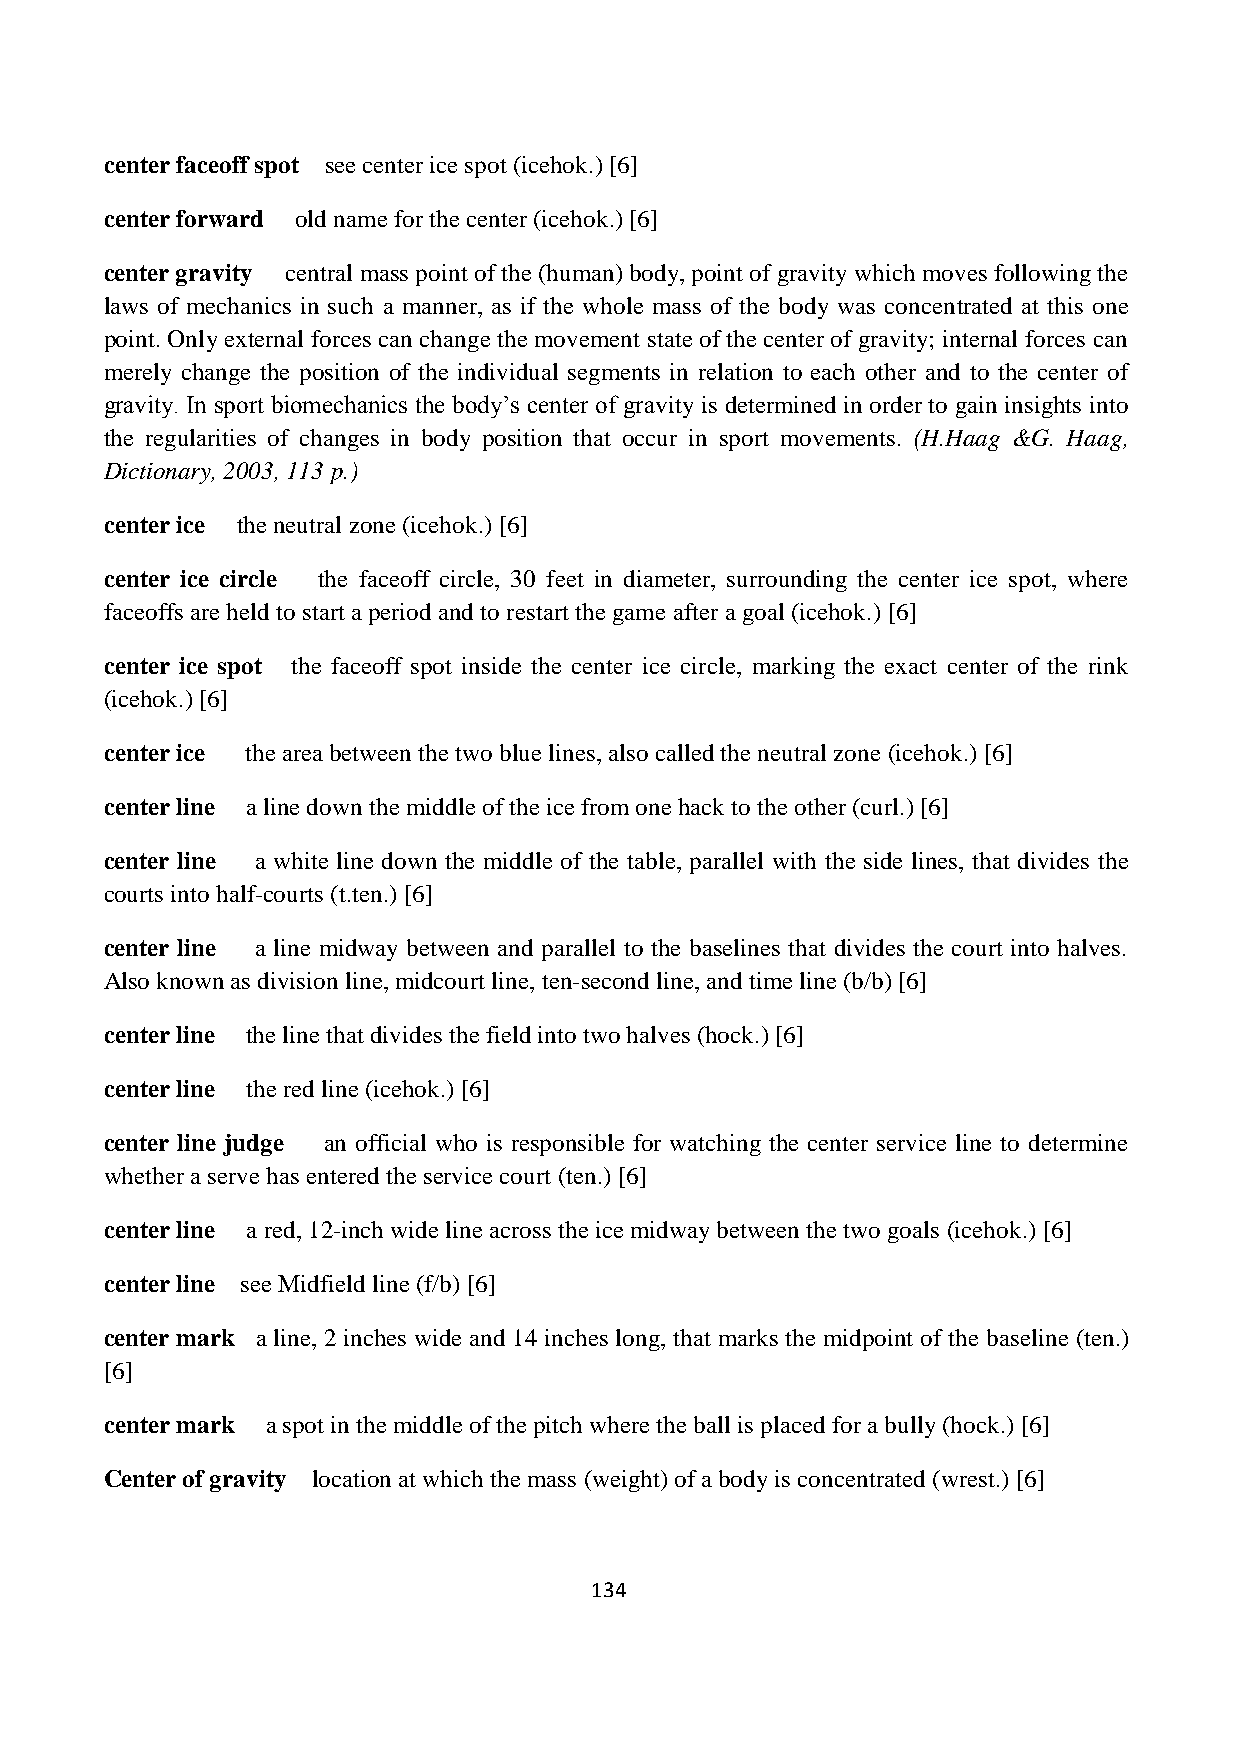
center faceoff spot see center ice spot (icehok.) [6]
 center forward old name for the center (icehok.) [6]
 center gravity central mass point of the (human) body, point of gravity which moves following the
 laws of mechanics in such a manner, as if the whole mass of the body was concentrated at this one
 point. Only external forces can change the movement state of the center of gravity; internal forces can
 merely change the position of the individual segments in relation to each other and to the center of
 gravity. In sport biomechanics the body’s center of gravity is determined in order to gain insights into
 the regularities of changes in body position that occur in sport movements. (H.Haag &G. Haag,
 Dictionary, 2003, 113 p.)
 center ice the neutral zone (icehok.) [6]
 center ice circle the faceoff circle, 30 feet in diameter, surrounding the center ice spot, where
 faceoffs are held to start a period and to restart the game after a goal (icehok.) [6]
 center ice spot the faceoff spot inside the center ice circle, marking the exact center of the rink
 (icehok.) [6]
 center ice the area between the two blue lines, also called the neutral zone (icehok.) [6]
 center line a line down the middle of the ice from one hack to the other (curl.) [6]
 center line a white line down the middle of the table, parallel with the side lines, that divides the
 courts into half-courts (t.ten.) [6]
 center line a line midway between and parallel to the baselines that divides the court into halves.
 Also known as division line, midcourt line, ten-second line, and time line (b/b) [6]
 center line the line that divides the field into two halves (hock.) [6]
 center line the red line (icehok.) [6]
 center line judge an official who is responsible for watching the center service line to determine
 whether a serve has entered the service court (ten.) [6]
 center line a red, 12-inch wide line across the ice midway between the two goals (icehok.) [6]
 center line see Midfield line (f/b) [6]
 center mark a line, 2 inches wide and 14 inches long, that marks the midpoint of the baseline (ten.)
 [6]
 center mark a spot in the middle of the pitch where the ball is placed for a bully (hock.) [6]
 Center of gravity location at which the mass (weight) of a body is concentrated (wrest.) [6]
 134